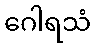
ဂေါရသံ